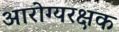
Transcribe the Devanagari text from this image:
आरोग्यरक्षक